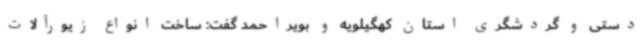
دستی و گردشگری استان کهگیلویه و بویراحمد گفت: ساخت انواع زیورآلات